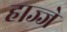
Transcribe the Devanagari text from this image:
हाज्जे